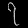
Digit: ၇